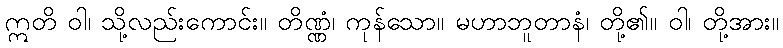
ဣတိ ဝါ၊ သို့လည်းကောင်း။ တိဏ္ဏံ၊ ကုန်သော။ မဟာဘူတာနံ၊ တို့၏။ ဝါ၊ တို့အား။